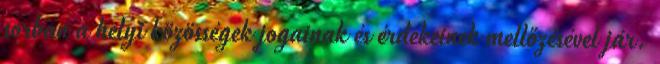
sorban a helyi közösségek jogainak és érdekeinek mellőzésével jár.